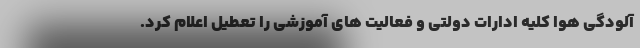
آلودگی هوا کلیه ادارات دولتی و فعالیت های آموزشی را تعطیل اعلام کرد.